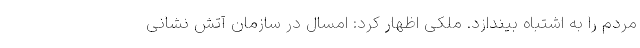
مردم را به اشتباه بیندازد. ملکی اظهار کرد: امسال در سازمان آتش نشانی